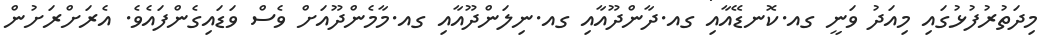
މިދަތުރުފުޅުގައި މިއަދު ވަނީ ގއ.ކޮނޑޭއާއި ގއ.ދާންދޫއާއި ގއ.ނިލަންދޫއާއި ގއ.މާމެންދޫއަށް ވެސް ވަޑައިގެންފައެވެ. އެރަށްރަށުން